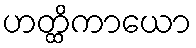
ဟတ္ထိကာယော